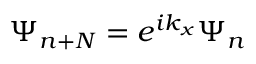
\Psi _ { n + N } = e ^ { i k _ { x } } \Psi _ { n }